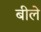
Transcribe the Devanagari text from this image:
बीले